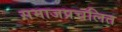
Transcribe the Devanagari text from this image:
समाजप्रचलित